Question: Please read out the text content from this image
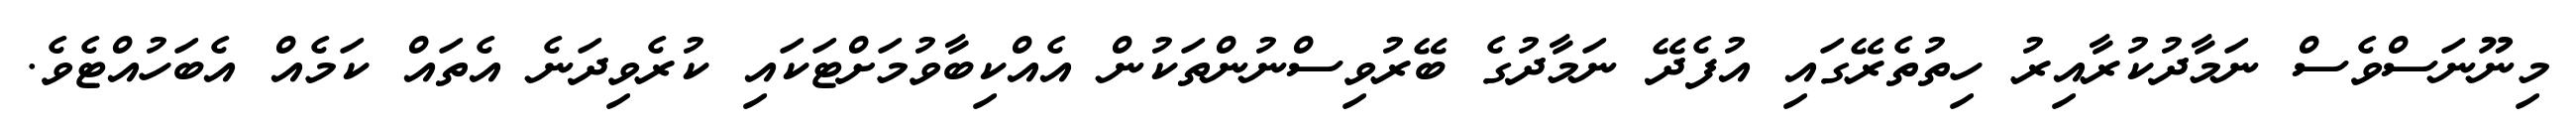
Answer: މިނޫނަސްވެސް ނަމާދުކުރާއިރު ހިތުތެރޭގައި އުފެދޭ ނަމާދުގެ ބޭރުވިސްނުންތަކުން އެއްކިބާވުމަށްޓަކައި ކުރެވިދަނެ އެތައް ކަމެއް އެބަހުއްޓެވެ.